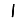
Digit: 1